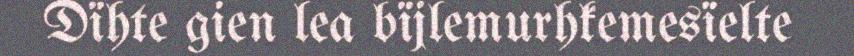
Dïhte gien lea bïjlemurhkemesïelte